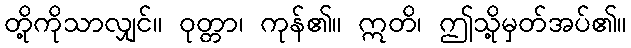
တို့ကိုသာလျှင်။ ဝုတ္တာ၊ ကုန်၏။ ဣတိ၊ ဤသို့မှတ်အပ်၏။